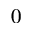
_ { 0 }